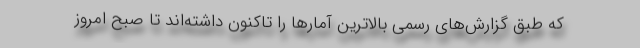
که طبق گزارش‌های رسمی بالاترین آمارها را تاکنون داشته‌اند تا صبح امروز